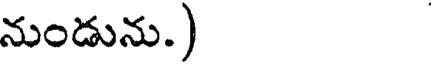
నుండును.)